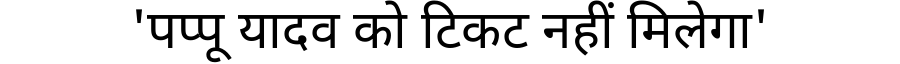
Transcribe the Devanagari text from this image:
'पप्पू यादव को टिकट नहीं मिलेगा'